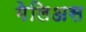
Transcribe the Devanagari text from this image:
गेलिअस